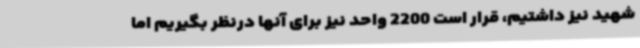
شهید نیز داشتیم، قرار است 2200 واحد نیز برای آنها درنظر بگیریم اما